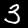
Label: 3